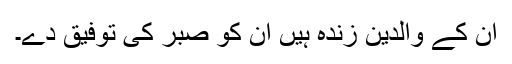
ان کے والدین زندہ ہیں ان کو صبر کی توفیق دے۔